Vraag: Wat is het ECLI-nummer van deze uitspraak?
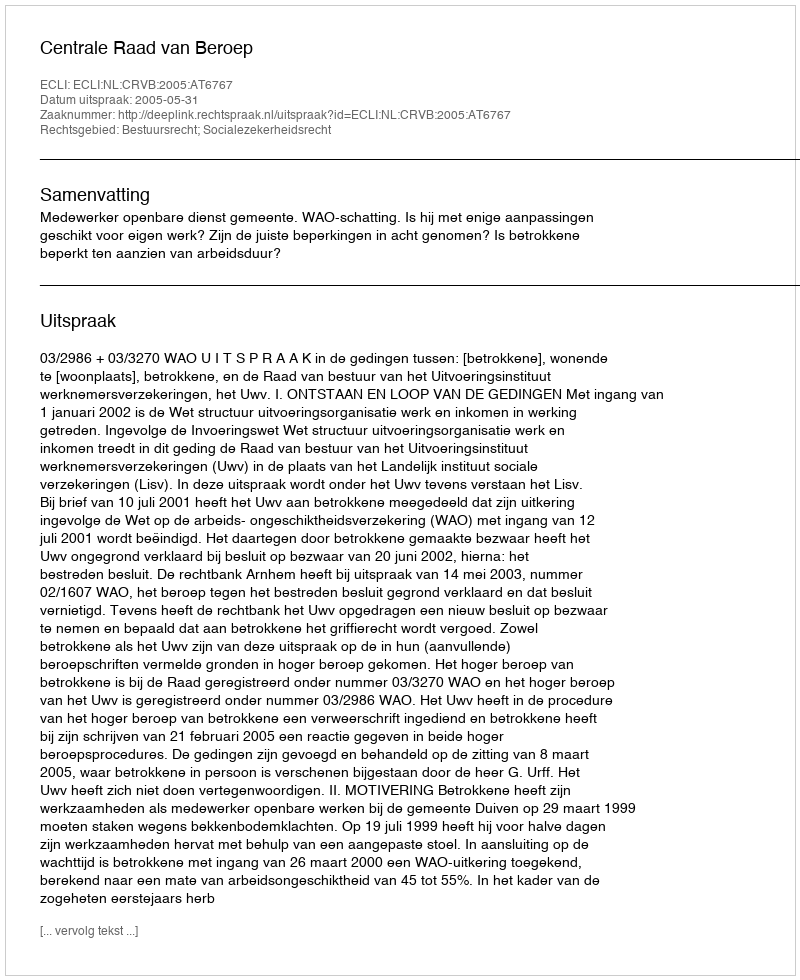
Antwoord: ECLI:NL:CRVB:2005:AT6767